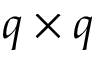
q \times q